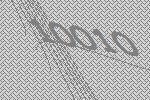
10010